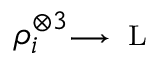
\rho _ { i } ^ { \otimes 3 } \substack { \longrightarrow \, \mathrm { ~ L ~ } }